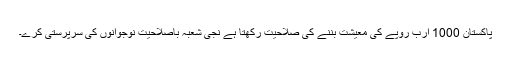
پاکستان 1000 ارب روپے کی معیشت بننے کی صلاحیت رکھتا ہے نجی شعبہ باصلاحیت نوجوانوں کی سرپرستی کرے۔